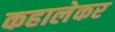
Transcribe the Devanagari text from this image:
कहालेकर